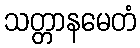
သတ္တာနမေတံ